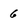
Character: 6